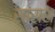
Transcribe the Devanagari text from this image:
सांराश